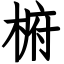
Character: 椨